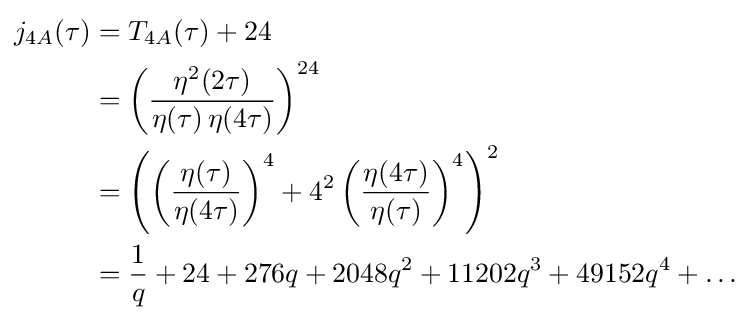
{\begin{aligned}j_{4A}(\tau )&=T_{4A}(\tau )+24\\&=\left({\frac {\eta ^{2}(2\tau )}{\eta (\tau )\,\eta (4\tau )}}\right)^{24}\\&=\left(\left({\frac {\eta (\tau )}{\eta (4\tau )}}\right)^{4}+4^{2}\left({\frac {\eta (4\tau )}{\eta (\tau )}}\right)^{4}\right)^{2}\\&={\frac {1}{q}}+24+276q+2048q^{2}+11202q^{3}+49152q^{4}+\dots \end{aligned}}